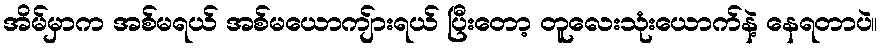
အိမ်မှာက အစ်မရယ် အစ်မယောကျ်ားရယ် ပြီးတော့ တူလေးသုံးယောက်နဲ့ နေရတာပဲ။